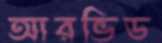
আরভিড